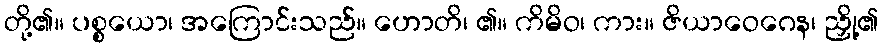
တို့၏။ ပစ္စယော၊ အကြောင်းသည်။ ဟောတိ၊ ၏။ ကိမိဝ၊ ကား။ ဇိယာဝေဂေန၊ ညှို့၏